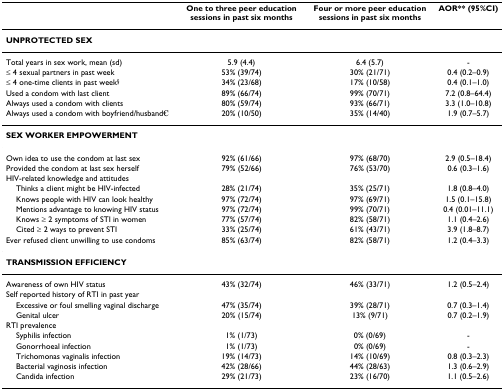
<table><thead><tr><td></td><td><b>One to three peer education sessions in past six months</b></td><td><b>Four or more peer education sessions in past six months</b></td><td><b>AOR** (95%CI)</b></td></tr></thead><tbody><tr><td><b>UNPROTECTED SEX</b></td><td></td><td></td><td></td></tr><tr><td>Total years in sex work, mean (sd)</td><td>5.9 (4.4)</td><td>6.4 (5.7)</td><td>-</td></tr><tr><td>≤ 4 sexual partners in past week</td><td>53% (39/74)</td><td>30% (21/71)</td><td>0.4 (0.2–0.9)</td></tr><tr><td>≤ 4 one-time clients in past week<sup>§</sup></td><td>34% (23/68)</td><td>17% (10/58)</td><td>0.4 (0.1–1.0)</td></tr><tr><td>Used a condom with last client</td><td>89% (66/74)</td><td>99% (70/71)</td><td>7.2 (0.8–64.4)</td></tr><tr><td>Always used a condom with clients</td><td>80% (59/74)</td><td>93% (66/71)</td><td>3.3 (1.0–10.8)</td></tr><tr><td>Always used a condom with boyfriend/husband<sup>€</sup></td><td>20% (10/50)</td><td>35% (14/40)</td><td>1.9 (0.7–5.7)</td></tr><tr><td><b>SEX WORKER EMPOWERMENT</b></td><td></td><td></td><td></td></tr><tr><td>Own idea to use the condom at last sex</td><td>92% (61/66)</td><td>97% (68/70)</td><td>2.9 (0.5–18.4)</td></tr><tr><td>Provided the condom at last sex herself</td><td>79% (52/66)</td><td>76% (53/70)</td><td>0.6 (0.3–1.6)</td></tr><tr><td>HIV-related knowledge and attitudes</td><td></td><td></td><td></td></tr><tr><td> Thinks a client might be HIV-infected</td><td>28% (21/74)</td><td>35% (25/71)</td><td>1.8 (0.8–4.0)</td></tr><tr><td> Knows people with HIV can look healthy</td><td>97% (72/74)</td><td>97% (69/71)</td><td>1.5 (0.1–15.8)</td></tr><tr><td> Mentions advantage to knowing HIV status</td><td>97% (72/74)</td><td>99% (70/71)</td><td>0.4 (0.01–11.1)</td></tr><tr><td> Knows ≥ 2 symptoms of STI in women</td><td>77% (57/74)</td><td>82% (58/71)</td><td>1.1 (0.4–2.6)</td></tr><tr><td> Cited ≥ 2 ways to prevent STI</td><td>33% (25/74)</td><td>61% (43/71)</td><td>3.9 (1.8–8.7)</td></tr><tr><td>Ever refused client unwilling to use condoms</td><td>85% (63/74)</td><td>82% (58/71)</td><td>1.2 (0.4–3.3)</td></tr><tr><td><b>TRANSMISSION EFFICIENCY</b></td><td></td><td></td><td></td></tr><tr><td>Awareness of own HIV status</td><td>43% (32/74)</td><td>46% (33/71)</td><td>1.2 (0.5–2.4)</td></tr><tr><td>Self reported history of RTI in past year</td><td></td><td></td><td></td></tr><tr><td> Excessive or foul smelling vaginal discharge</td><td>47% (35/74)</td><td>39% (28/71)</td><td>0.7 (0.3–1.4)</td></tr><tr><td> Genital ulcer</td><td>20% (15/74)</td><td>13% (9/71)</td><td>0.7 (0.2–1.9)</td></tr><tr><td>RTI prevalence</td><td></td><td></td><td></td></tr><tr><td> Syphilis infection</td><td>1% (1/73)</td><td>0% (0/69)</td><td>-</td></tr><tr><td> Gonorrhoeal infection</td><td>1% (1/73)</td><td>0% (0/69)</td><td>-</td></tr><tr><td> Trichomonas vaginalis infection</td><td>19% (14/73)</td><td>14% (10/69)</td><td>0.8 (0.3–2.3)</td></tr><tr><td> Bacterial vaginosis infection</td><td>42% (28/66)</td><td>44% (28/63)</td><td>1.3 (0.6–2.9)</td></tr><tr><td> Candida infection</td><td>29% (21/73)</td><td>23% (16/70)</td><td>1.1 (0.5–2.6)</td></tr></tbody></table>